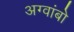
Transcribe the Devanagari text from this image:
अग्वांबो